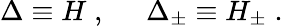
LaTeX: \Delta\equiv H\; ,\; \; \; \; \; \Delta_{\pm}\equiv H_{\pm}\; .